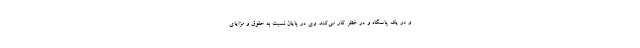
و در یک پاسگاه و در خطر کار می‌کند. وی در پایان نسبت به حقوق و مزایای